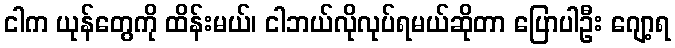
ငါက ယုန်တွေကို ထိန်းမယ်၊ ငါဘယ်လိုလုပ်ရမယ်ဆိုတာ ပြောပါဦး ဂျော့ရ